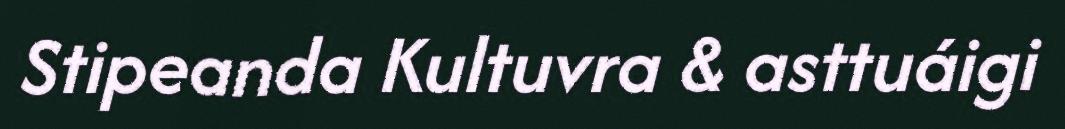
Stipeanda Kultuvra & asttuáigi